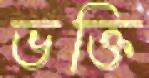
ভক্তি